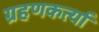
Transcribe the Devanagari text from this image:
ग्रहणकर्त्या